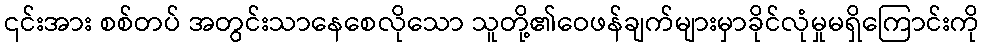
၎င်းအား စစ်တပ် အတွင်းသာနေစေလိုသော သူတို့၏ဝေဖန်ချက်များမှာခိုင်လုံမှုမရှိကြောင်းကို